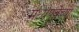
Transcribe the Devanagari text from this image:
मध्यपूर्वेच्या